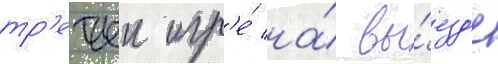
тр'етьеи игр'е́ на́ вы́езд'е